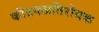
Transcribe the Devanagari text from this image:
कीटकप्रतिरोधक